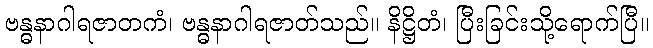
ဗန္ဓနာဂါရဇာတကံ၊ ဗန္ဓနာဂါရဇာတ်သည်။ နိဋ္ဌိတံ၊ ပြီးခြင်းသို့ရောက်ပြီ။